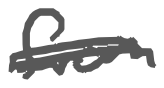
Text: from
Cross-out: double-line
Writing tool: digital_gray